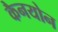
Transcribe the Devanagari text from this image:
कैनयोन